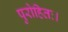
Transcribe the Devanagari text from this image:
पुरोहितः।